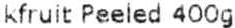
KFRUIT PEELED 400G